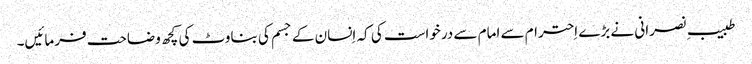
طبیبِ نصرانی نے بڑے اِحترام سے امام سے درخواست کی کہ اِنسان کے جسم کی بناوٹ کی کچھ وضاحت فرمائیں۔